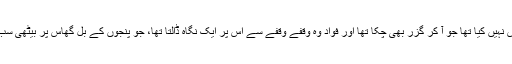
کسی نے بھی وہ لمحہ محسوس نہیں کیا تھا جو آ کر گزر بھی چکا تھا اور فواد وہ وقفے وقفے سے اس پر ایک نگاہ ڈالتا تھا، جو پنجوں کے بل گھاس پر بیٹھی سب کو چائے سرو کر رہی تھی۔